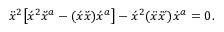
\ddot { x } ^ { 2 } \big [ \acute { x } { } ^ { 2 } x \! \! \dot { } \, \acute { } \, { } ^ { a } - ( \acute { x } x \! \! \dot { } \, \acute { } \, ) \acute { x } { } ^ { a } \big ] - \acute { x } ^ { 2 } ( \ddot { x } x \! \! \dot { } \, \dot { } \, \acute { } \, ) \dot { x } { } ^ { a } = 0 .